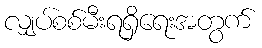
လျှပ်စစ်မီးရရှိရေးအတွက်